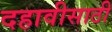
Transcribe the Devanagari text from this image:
दहावीसाठी